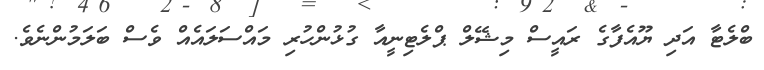
ބްލެޓާ އަދި ޔޫއެފާގެ ރައީސް މިޝޭލް ޕްލެޓިނީއާ ގުޅުންހުރި މައްސަލައެއް ވެސް ބަލަމުންނެވެ.